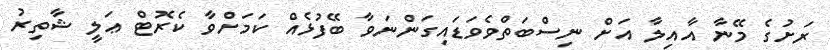
ރަށުގެ މޭނާ އާއިލާ އަށް ނިސްބަތްވެވަޑައިގަންނަވާ ބޭފުޅެއް ކަމަށްވާ ކެރޮޓް ޢަލީ ޝާތިރު